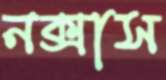
নক্সাস